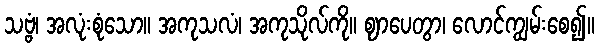
သဗ္ဗံ၊ အလုံးစုံသော။ အကုသလံ၊ အကုသိုလ်ကို။ ဈာပေတွာ၊ လောင်ကျွမ်းစေ၍။